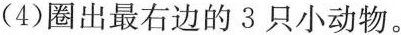
(4)圈出最右边的3只小动物。